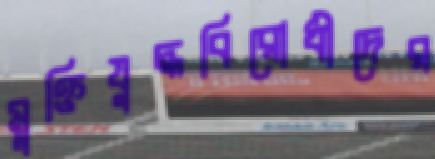
মুক্তিযুদ্ধবিরোধীদের